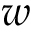
\boldsymbol { w }